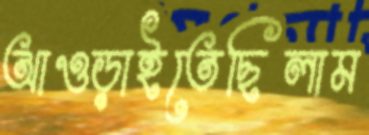
আওড়াইতেছিলাম